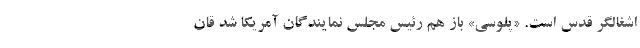
اشغالگر قدس است. «پلوسی» باز هم رئیس مجلس نمایندگان آمریکا شد قان